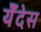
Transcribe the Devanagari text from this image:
येँदेस